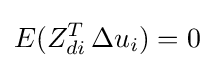
E(Z_{di}^{T}\,\Delta u_{i})=0